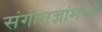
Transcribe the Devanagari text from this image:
संगीतज्ञांमध्ये